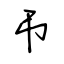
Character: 弔